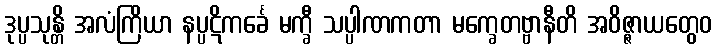
ဒုပ္ပသုန္တိ အလံကြိယာ နပ္ပဋိကင်္ခေ မက္ခီ သပ္ပါဏကတာ မက္ခေတဗ္ဗာနီတိ အဝိဇ္ဇာယတွေဝ